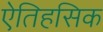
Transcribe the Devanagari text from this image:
एेतिहसिक